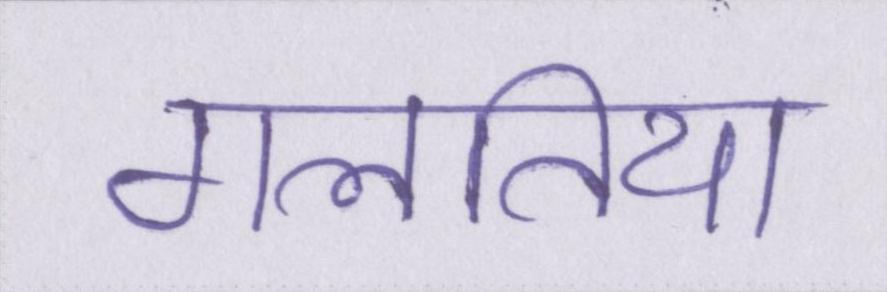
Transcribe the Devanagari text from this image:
गलतिया